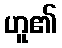
ဟူ၏